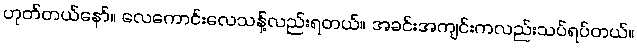
ဟုတ်တယ်နော်။ လေကောင်းလေသန့်လည်းရတယ်။ အခင်းအကျင်းကလည်းသပ်ရပ်တယ်။